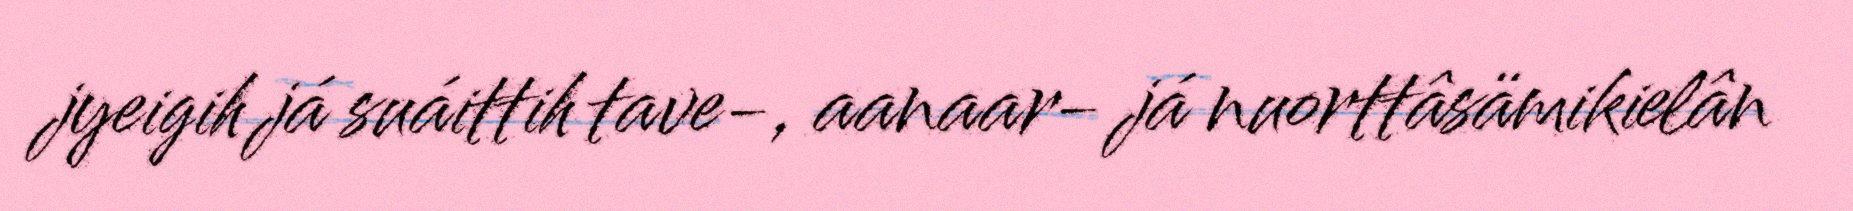
jyeigih já suáittih tave-, aanaar- já nuorttâsämikielân